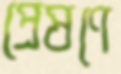
প্রেষণে